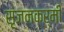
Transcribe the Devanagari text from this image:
सृजनकर्मी